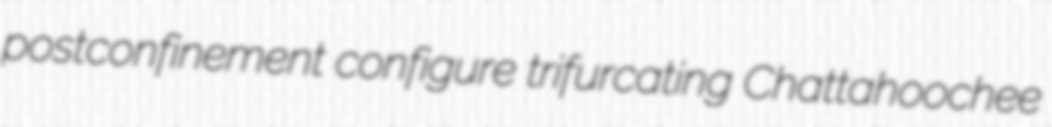
postconfinement configure trifurcating Chattahoochee